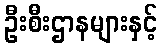
ဦးစီးဌာနများနှင့်